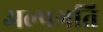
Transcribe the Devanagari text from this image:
अल्पगति